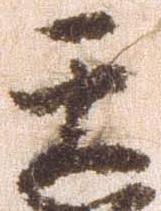
壬